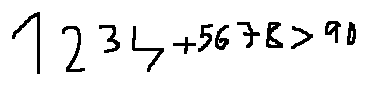
1 2 3 4 + 5 6 7 8 > 9 0